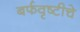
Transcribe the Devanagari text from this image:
बर्फवृष्टीचे